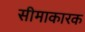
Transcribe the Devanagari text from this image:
सीमाकारक